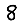
Digit: 8